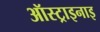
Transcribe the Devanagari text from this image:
ऑस्ट्राइनाइ